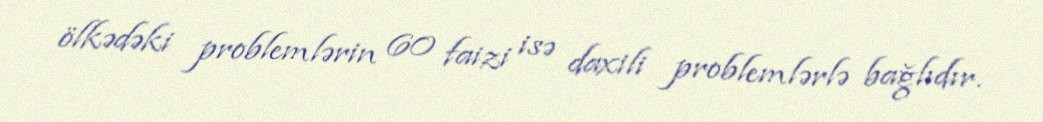
ölkədəki problemlərin 60 faizi isə daxili problemlərlə bağlıdır.